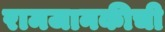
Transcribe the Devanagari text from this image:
रामजानकीची